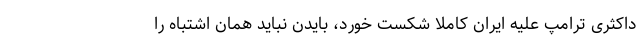
داکثری ترامپ علیه ایران کاملا شکست خورد، بایدن نباید همان اشتباه را